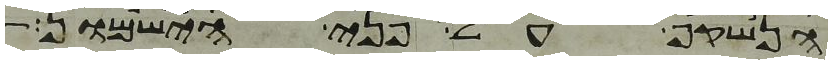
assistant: הנשקף על פני הישמון